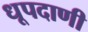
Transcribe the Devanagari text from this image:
धूपदाणी